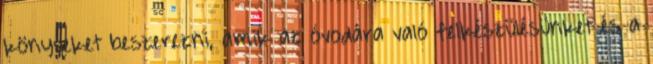
könyveket beszerezni, amik az óvodára való felkészülésünket és a